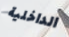
الداخلية